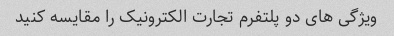
ویژگی های دو پلتفرم تجارت الکترونیک را مقایسه کنید